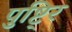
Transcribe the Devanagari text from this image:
पुष्टि्र